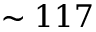
\sim 1 1 7